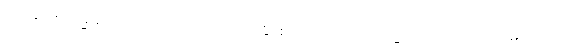
မင်းမြတ်။ ကမ္မာဓိဂ္ဂဟိတဿ၊ အကုသိုလ်ကံနှိပ်စက်သော။ အာယသ္မတော၊ သက်တော်ရှည်သော။